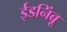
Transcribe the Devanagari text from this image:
ईडनिंबू